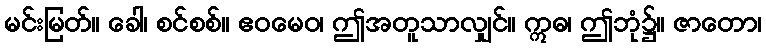
မင်းမြတ်။ ခေါ၊ စင်စစ်။ ဧဝမေဝ၊ ဤအတူသာလျှင်။ ဣဓ၊ ဤဘုံ၌။ ဇာတော၊